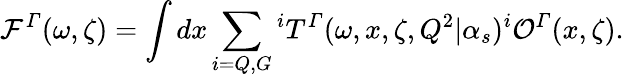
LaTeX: {\cal F}^{\mit\Gamma}(\omega,\zeta)=\int dx\sum_{i=Q,G}{^iT^{\mit\Gamma}}(\omega,x,\zeta,Q^{2}|\alpha_{s}){^i{\cal O}^{\mit\Gamma}}(x,\zeta).